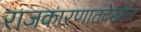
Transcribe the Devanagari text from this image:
राजकारणातदेखील